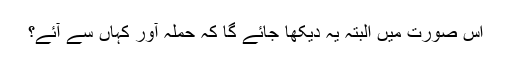
اس صورت میں البتہ یہ دیکھا جائے گا کہ حملہ آور کہاں سے آئے؟